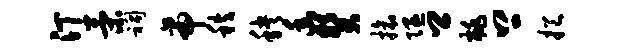
汀策祠帝秩秧幽癸旅隰卿桃上挹